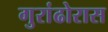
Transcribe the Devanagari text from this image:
गुरांढोरास